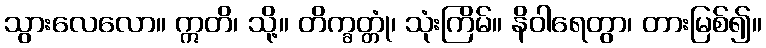
သွားလေလော။ ဣတိ၊ သို့။ တိက္ခတ္တုံ၊ သုံးကြိမ်။ နိဝါရေတွာ၊ တားမြစ်၍။